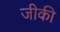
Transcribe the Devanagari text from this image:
जीकी